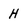
Character: H